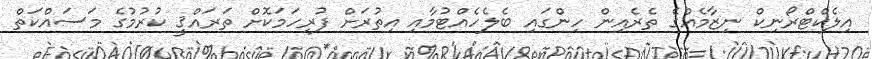
އިލެކްޓްރޯނިކް ނިޒާމެއްގެ ތެރެއިން ހިންގައި ބެލެހެއްޓުމާއި އިތުރަށް ފުރިހަމަކޮށް ތަރައްޤީ ކުރުމުގެ މަސައްކަތް